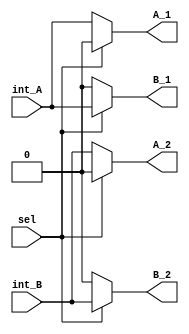
`timescale 1ns / 1ps
//////////////////////////////////////////////////////////////////////////////////
// Company: 
// Engineer: 
// 
// Design Name: 
// Module Name:    switch_control 
// Project Name: 
// Target Devices: 
// Tool versions: 
// Description: 
//
// Dependencies: 
//
// Revision: 
// Revision 0.01 - File Created
// Additional Comments: 
//
//////////////////////////////////////////////////////////////////////////////////
module switch_control(int_A, int_B, A_1, A_2 ,B_1, B_2, sel);
	input int_A, int_B, sel;
	output A_1, B_1, A_2 ,B_2;
	wire int_A, int_B, sel;
	reg A_1, B_1, A_2 ,B_2;
	always @*
		begin
			if (sel)
				begin
				B_1 <= int_A;//sera activada corriente
				B_2 <= int_B;//
				A_1 <= 0;//
				A_2 <= 0;
				end
			else
				begin
				A_1 <= int_A;//
				A_2 <= int_B; //Sera activada frecuencia
				B_1 <= 0;
				B_2 <= 0;
				end
		end
		
endmodule